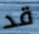
قد